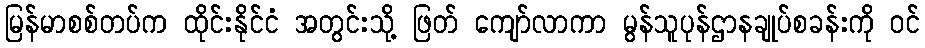
မြန်မာစစ်တပ်က ထိုင်းနိုင်ငံ အတွင်းသို့ ဖြတ် ကျော်လာကာ မွန်သူပုန်ဌာနချုပ်စခန်းကို ဝင်